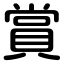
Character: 賞